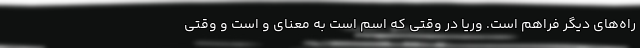
راه‌های دیگر فراهم است. وریا در وقتی که اسم است به معنای و است و وقتی